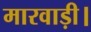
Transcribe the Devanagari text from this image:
मारवाड़ी।